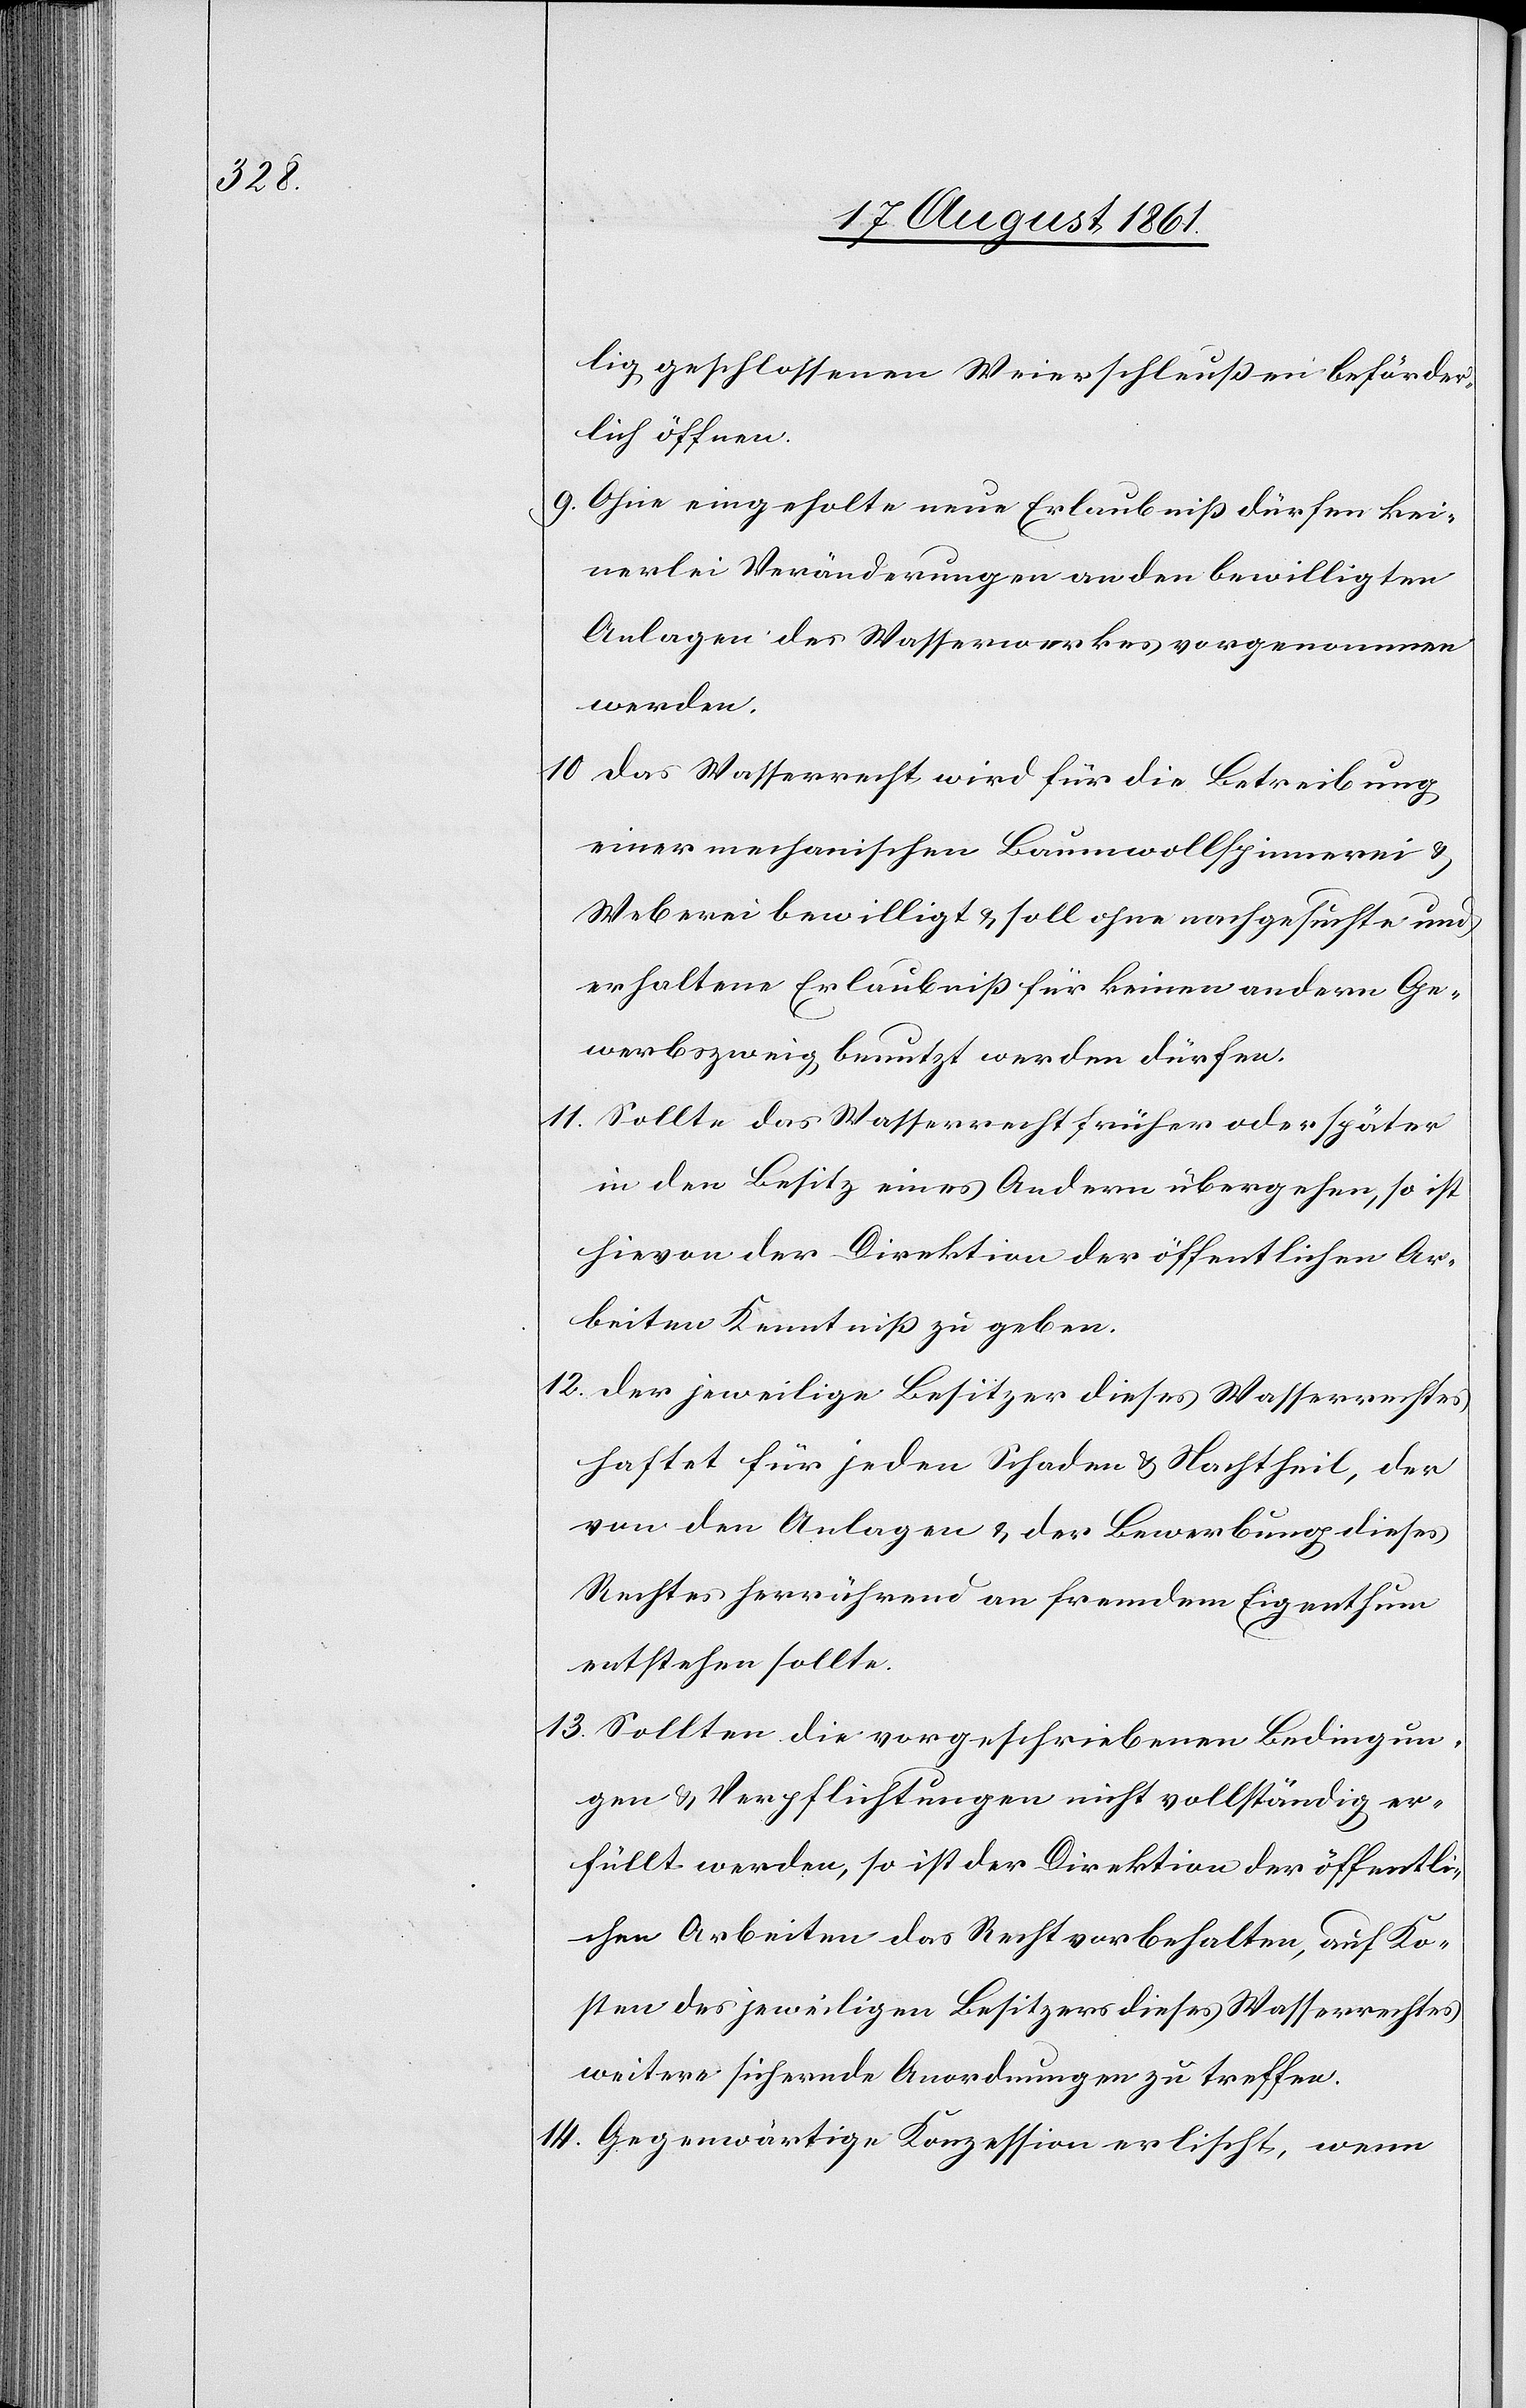
lig geschlossenen Weierschleußen beförder¬
lich öffnen.
9. Ohne eingeholte neue Erlaubniß dürfen kei¬
nerlei Veränderungen an den bewilligten
Anlagen des Wasserwerkes vorgenommen
werden.
10. Das Wasserrecht wird für die Betreibung
einer mechanischen Baumwollenspinnerei u.
Weberei bewilligt u. soll ohne nachgesuchte und
erhaltene Erlaubniß für keinen andern Ge¬
werbszweig benutzt werden dürfen.
11. Sollte das Wasserrecht früher oder später
in den Besitz eines Andern übergehen, so ist
hievon der Direktion der öffentlichen Ar¬
beiten Kenntniß zu geben.
12. Der jeweilige Besitzer dieses Wasserrechtes
haftet für jeden Schaden u. Nachtheil, der
von den Anlagen u. der Bewerbung dieses
Rechtes herrührend an fremdem Eigenthum
entstehen sollte.
13. Sollten die vorgeschriebenen Bedingun¬
gen u. Verpflichtungen nicht vollständig er¬
füllt werden, so ist der Direktion der öffentli¬
chen Arbeiten das Recht vorbehalten, auf Ko¬
sten des jeweiligen Besitzers dieses Wasserrechtes
weitere sichernde Anordnungen zu treffen.
14. Gegenwärtige Konzession erlischt, wenn